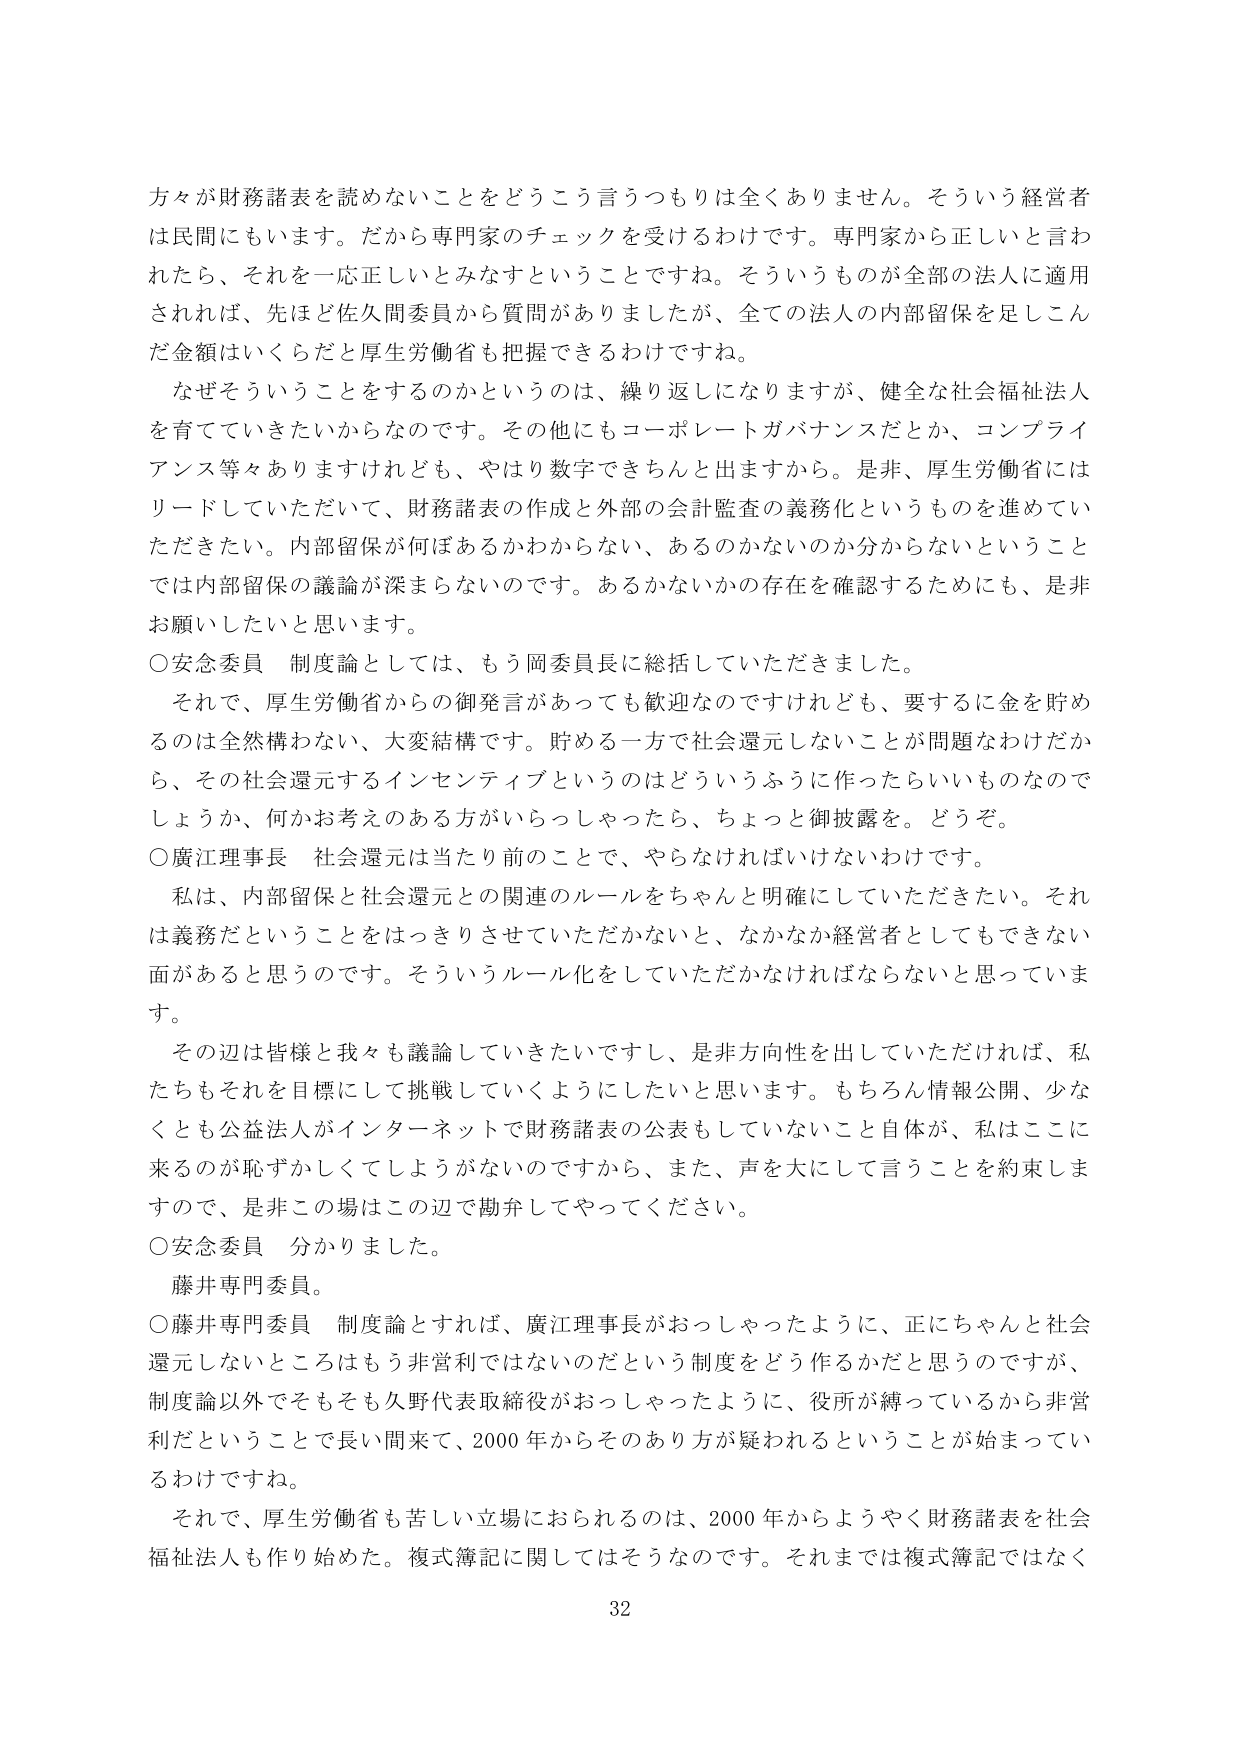
方々が財務諸表を読めないことをどうこう言うつもりは全くありません。そういう経営者は民間にもいます。だから専門家のチェックを受けるわけです。専門家から正しいと言われたら、それを一応正しいとみなすということですね。そういうものが全部の法人に適用されれば、先ほど佐久間委員から質問がありましたたが、全ての法人の内部留保を足しこんだ金額はいくらだと厚生労働省も把握できるわけです。

なぜそういうことをするのかというのは、繰り返しになりますが、健全な社会福祉法人を育てていきたいからなのです。その他にもコーポレートガバナンスだとか、コンプライアンス等々ありますけれども、やはり数字できちんと出ますから。是非、厚生労働省にはリードしていただいて、財務諸表の作成と外部の会計監査の義務化というものを進めていただきたい。内部留保が何ばあるかわからない、あるのかないのか分からないということでは内部留保の議論が深まらないのです。あるかないかの存在を確認するためにも、是非お願いしたいと思います。

○安念委員　制度論としては、もう岡委員長に総括していただきました。

それで、厚生労働省からの御発言があっても歓迎なのですがけれども、要するに金を貯めるのは全然構わない、大変結構です。貯める一方で社会還元しないことが問題なわけだから、その社会還元するインセンティブというのはどういうふうに作ったらいいものなのでしょうか、何かお考えのある方がいらっしゃったら、ちょっと御披露を。どうぞ。

○廣江理事長　社会還元は当たり前のことです、やらなければいけないわけです。

私は、内部留保と社会還元との関連のルールをちゃんと明確にしていただきたい。それは義務だということをはっきりさせていただかないと、なかなか経営者としてもできない面があると思うのです。そういうルール化をしていただかなければならないと思っています。

その辺は皆様と我々も議論していきたいですし、是非方向性を出していただければ、私たちもそれを目標にして挑戦していくようにしたいと思います。もちろん情報公開、少なくとも公益法人がインターネットで財務諸表の公表もしていないこと自体が、私はここに来るの恥ずかしくてしようがないのですから、また、声を大にして言うことを約束しますので、是非この場はこの辺で勘弁してやってください。

○安念委員　分かりました。

藤井専門委員。

○藤井専門委員　制度論とすれば、廣江理事長がおっしゃったように、正にちゃんと社会還元しないところはもう非営利ではないのだという制度をどう作るかだと思うのですが、制度論以外でそもそも久野代表取締役がおっしゃったように、役所が縛っているから非営利だということで長い間来て、2000年からそのあり方が疑われるということが始まっているわけです。

それで、厚生労働省も苦しい立場におられるのは、2000年からようやく財務諸表を社会福祉法人も作り始めた。複式簿記に関してはそうなのです。それまでは複式簿記ではなく

32